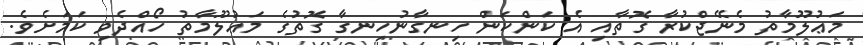
މަޢުލޫމާތު މެނޭޖްކުރާ ގޮތާއި އެ ކަންކަން ހިނގާނުހިނގާ ގޮތުގެ މަޢުލޫމާތު ހޯއްދެވި ކަމަށެވެ.